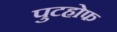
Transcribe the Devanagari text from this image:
पुटहोफ